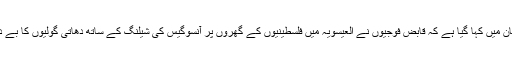
فلسطینی طبی امدادی ادارے ہلال احمر کی طرف سے جاری ایک بیان میں کہا گیا ہے کہ قابض فوجیوں‌ نے العیسویہ میں فلسطینیوں کے گھروں پر آنسوگیس کی شیلنگ کے ساتھ دھاتی گولیوں کا بے دریغ استعمال کیا جس کے نتیجے میں متعدد فلسطینی زخمی ہوگئے۔